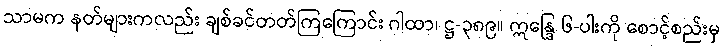
သာမက နတ်များကလည်း ချစ်ခင်တတ်ကြကြောင်း ဂါထာ၊ ဋ္ဌ-၃၈၉။ ဣန္ဒြေ ၆-ပါးကို စောင့်စည်းမှ